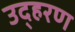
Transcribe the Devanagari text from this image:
उद्हरण